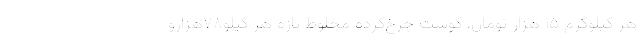
هر کیلوگرم ۱۵ هزار تومان، گوشت چرخ‌کرده مخلوط تازه هر کیلو۷۸هزارو